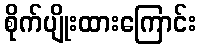
စိုက်ပျိုးထားကြောင်း